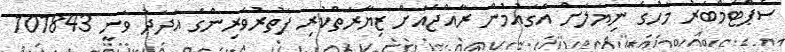
ސެޕްޓެމްބަރު މަހުގެ ނިޔަލަށް އެގައުމުން ރާއްޖެއަށް ޒިޔާރަތްކުރި ފަތުރުވެރިންގެ އަދަދު ވަނީ 101843